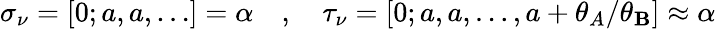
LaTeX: \sigma_{\nu}=[0;a,a,\ldots]=\alpha\quad,\quad\tau_{\nu}=[0;a,a,\ldots,a+\theta_{A}/\theta_{\mathbf{B}}]\approx\alpha